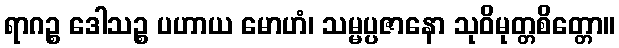
ရာဂဉ္စ ဒေါသဉ္စ ပဟာယ မောဟံ၊ သမ္မပ္ပဇာနော သုဝိမုတ္တစိတ္တော။